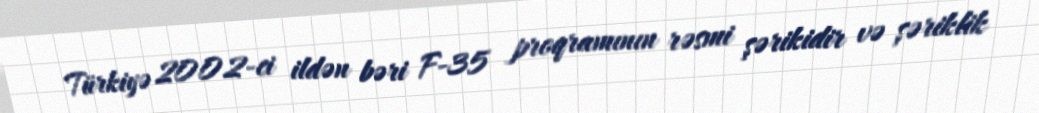
Türkiyə 2002-ci ildən bəri F-35 proqramının rəsmi şərikidir və şəriklik